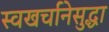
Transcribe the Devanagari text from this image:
स्वखर्चानेसुद्धा